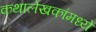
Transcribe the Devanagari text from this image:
कथालेखकांमध्ये